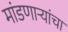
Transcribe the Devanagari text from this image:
मांडणार्‍यांचा